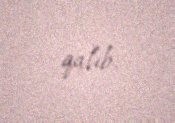
qalıb.